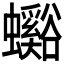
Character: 𧕉